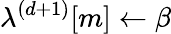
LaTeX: \mathbf{\lambda}^{(d+1)}[m]\gets\beta